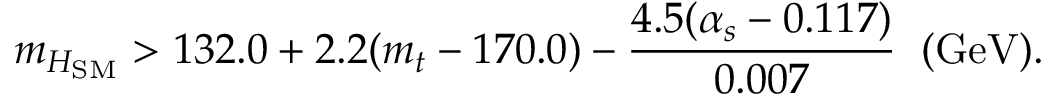
m _ { H _ { \mathrm { S M } } } > 1 3 2 . 0 + 2 . 2 ( m _ { t } - 1 7 0 . 0 ) - { \frac { 4 . 5 ( \alpha _ { s } - 0 . 1 1 7 ) } { 0 . 0 0 7 } } \; \; ( \mathrm { G e V } ) .